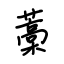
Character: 藁